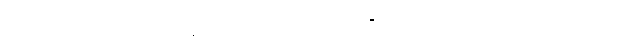
တရားလိုပြသက်သေ ၅ ဦးနဲ့ တရားခံပြသက်သေ ၄ ဦးတို့ကို ရုံးတော်က စစ်ဆေးခဲ့တယ်လို့